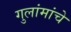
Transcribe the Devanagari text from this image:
गुलांमांचे